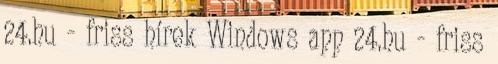
24.hu - friss hírek Windows app 24.hu - friss